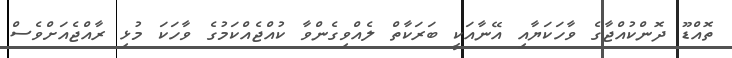
ތޮއްޑޫ ދޮންކުއްޖާގެ ވާހަކަޔާއި އޭނާއަކީ ބަރަކާތް ލެއްވިގެންވާ ކުއްޖެއްކަމުގެ ވާހަކަ މުޅި ރާއްޖެއަށްވެސް